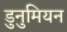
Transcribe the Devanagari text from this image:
डुनुमियन